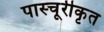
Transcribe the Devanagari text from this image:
पास्चूरीकृत